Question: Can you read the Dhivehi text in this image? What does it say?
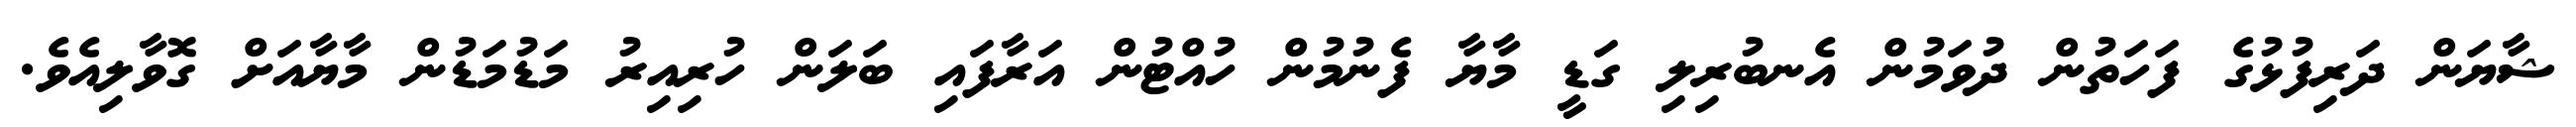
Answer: ޝާޔަން ދަރިފުޅުގެ ފަހަތުން ދުވަމުން އެނބުރިލި ގަޑީ މާޔާ ފެނުމުން ހުއްޓުން އަރާފައި ބަލަން ހުރިއިރު މަޑުމަޑުން މާޔާއަށް ގޮވާލިއެވެ.